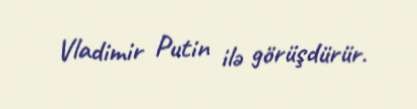
Vladimir Putin ilə görüşdürür.